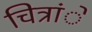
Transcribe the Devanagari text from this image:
चित्रांे